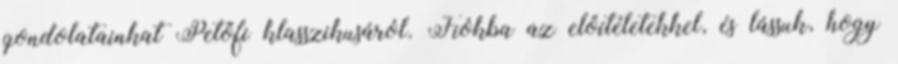
gondolatainkat Petőfi klasszikusáról. Fiókba az előítéletekkel, és lássuk, hogy